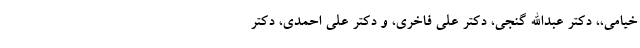
خیامی،، دکتر عبداالله گنجی، دکتر علی فاخری، و دکتر علی احمدی، دکتر